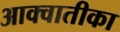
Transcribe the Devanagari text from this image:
आक्वातीका